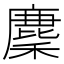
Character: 𢋟